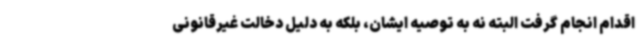
اقدام انجام گرفت البته نه به توصیه ایشان، بلکه به دلیل دخالت غیرقانونی